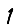
Digit: 1